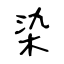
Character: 染